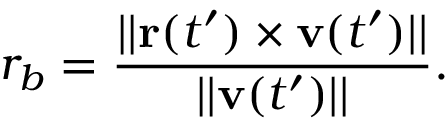
r _ { b } = \frac { | | \mathbf { r } ( t ^ { \prime } ) \times \mathbf { v } ( t ^ { \prime } ) | | } { | | \mathbf { v } ( t ^ { \prime } ) | | } .